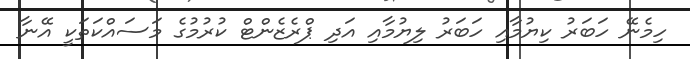
ހިމެނޭ ހަބަރު ކިޔުމާއި ހަބަރު ލިޔުމާއި އަދި ޕްރެޒެންޓް ކުރުމުގެ މަސައްކަތަކީ އޭނާ